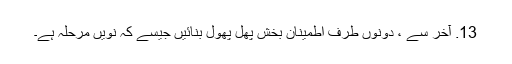
13. آخر سے ، دونوں طرف اطمینان بخش پھل پھول بنائیں جیسے کہ نویں مرحلہ ہے۔